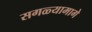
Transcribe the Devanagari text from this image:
सगळ्यामागे